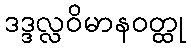
ဒဒ္ဒလ္လဝိမာနဝတ္ထု